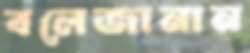
বলেজানান